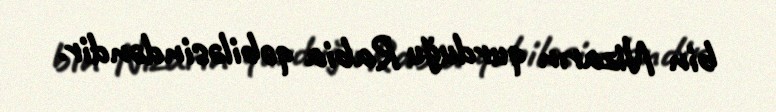
bin Nizarın qurduğu Rabia qəbiləsindəndir.